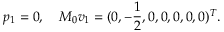
p _ { 1 } = 0 , \quad M _ { 0 } \boldsymbol { v } _ { 1 } = ( 0 , - \frac { 1 } { 2 } , 0 , 0 , 0 , 0 , 0 ) ^ { T } .